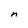
Character: n